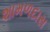
શામળદાસ